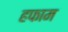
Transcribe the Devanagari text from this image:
हफाम